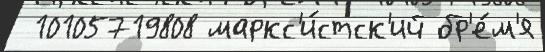
 10105719808 маркс'и́стск'ий бр'е́м'я